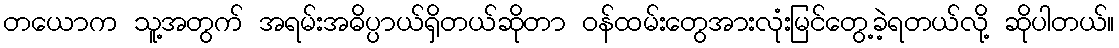
တယောက သူ့အတွက် အရမ်းအဓိပ္ပာယ်ရှိတယ်ဆိုတာ ဝန်ထမ်းတွေအားလုံးမြင်တွေ့ခဲ့ရတယ်လို့ ဆိုပါတယ်။